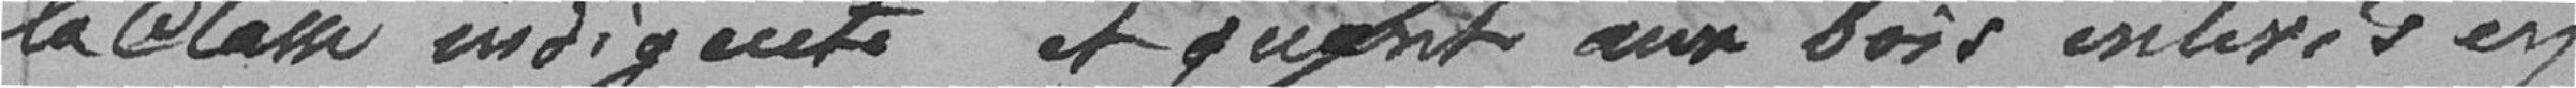
la classe indigente et quant aux bois enlevés en